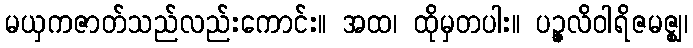
မယှကဇာတ်သည်လည်းကောင်း။ အထ၊ ထိုမှတပါး။ ပဉ္ဇလိဝါရိဇမဇ္ဈ၊